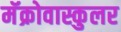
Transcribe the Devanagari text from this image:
मॅक्रोवास्कुलर